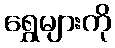
ရွှေများကို